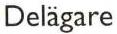
Delägare